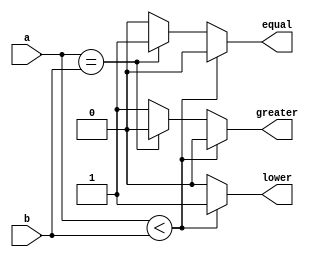
`timescale 1ns / 1ps
//////////////////////////////////////////////////////////////////////////////////
// Company: 
// Engineer: 
// 
// Design Name: 
// Module Name: Comparator
// Project Name: 
// Target Devices: 
// Tool Versions: 
// Description: 
// 
// Dependencies: 
// 
// Revision:
// Revision 0.01 - File Created
// Additional Comments:
// 
//////////////////////////////////////////////////////////////////////////////////


module Comparator(
    input wire [7:0] a,
    input wire [7:0] b,
    output reg equal,
    output reg lower,
    output reg greater
    );

    always @* 
    begin
      if (a < b) 
      begin
        equal = 0;
        lower = 1;
        greater = 0;
      end
      else if (a==b) 
      begin
        equal = 1;
        lower = 0;
        greater = 0;
      end
      else 
      begin
        equal = 0;
        lower = 0;
        greater = 1;
      end
    end

endmodule